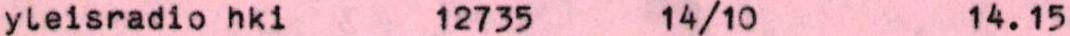
yleisradio hki 12735 14/10 14.15